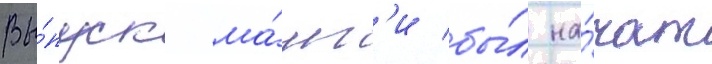
Вы́пуск ма́нг'и бы́л на́чат